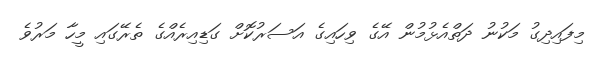
މިފައިދިގު މަކުނު ދަތްއެޅުމުން އޭގެ ވިހައިގެ އަސަރުކޮށް ގަޑިއިރެއްގެ ތެރޭގައި މީހާ މަރުވެ